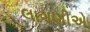
લાગણીએ